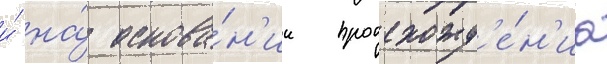
и́ на́ основа́н'ии происхожд'е́н'иа